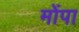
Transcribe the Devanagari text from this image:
मोंपा